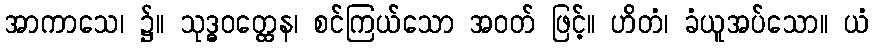
အာကာသေ၊ ၌။ သုဒ္ဓဝတ္ထေန၊ စင်ကြယ်သော အဝတ် ဖြင့်။ ဟိတံ၊ ခံယူအပ်သော။ ယံ